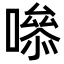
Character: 𭋁